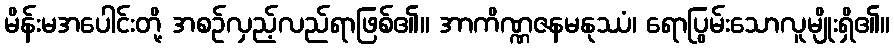
မိန်းမအပေါင်းတို့ အစဉ်လှည့်လည်ရာဖြစ်၏။ အာကိဏ္ဏဇနမနုဿံ၊ ရောပြွမ်းသောလူမျိုးရှိ၏။